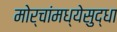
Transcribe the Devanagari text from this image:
मोर्चांमध्येसुद्धा